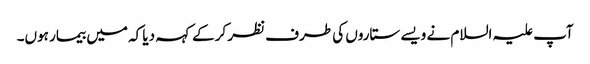
آپ علیہ السلام نے ویسے ستاروں کی طرف نظر کرکے کہہ دیا کہ میں بیمار ہوں۔